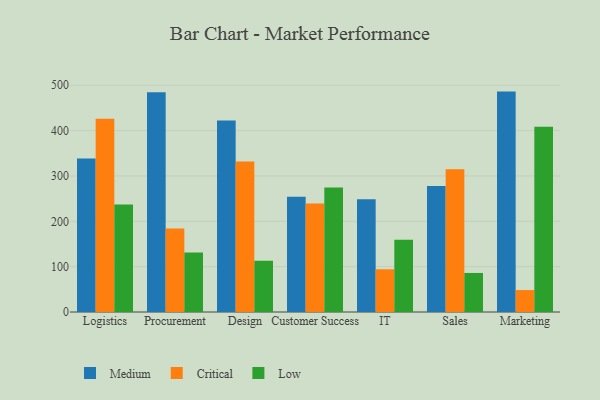
{"axis": {"x": "Department", "y": "Demand Index"}, "legend": ["Critical", "Low", "Medium"], "data": [{"x": "Logistics", "y": 338.7, "type": "Medium"}, {"x": "Logistics", "y": 426.4, "type": "Critical"}, {"x": "Logistics", "y": 237.0, "type": "Low"}, {"x": "Procurement", "y": 484.7, "type": "Medium"}, {"x": "Procurement", "y": 184.1, "type": "Critical"}, {"x": "Procurement", "y": 131.2, "type": "Low"}, {"x": "Design", "y": 422.5, "type": "Medium"}, {"x": "Design", "y": 332.0, "type": "Critical"}, {"x": "Design", "y": 113.2, "type": "Low"}, {"x": "Customer Success", "y": 254.3, "type": "Medium"}, {"x": "Customer Success", "y": 239.3, "type": "Critical"}, {"x": "Customer Success", "y": 274.8, "type": "Low"}, {"x": "IT", "y": 248.8, "type": "Medium"}, {"x": "IT", "y": 94.2, "type": "Critical"}, {"x": "IT", "y": 159.5, "type": "Low"}, {"x": "Sales", "y": 278.1, "type": "Medium"}, {"x": "Sales", "y": 314.6, "type": "Critical"}, {"x": "Sales", "y": 86.1, "type": "Low"}, {"x": "Marketing", "y": 486.0, "type": "Medium"}, {"x": "Marketing", "y": 48.4, "type": "Critical"}, {"x": "Marketing", "y": 408.7, "type": "Low"}]}